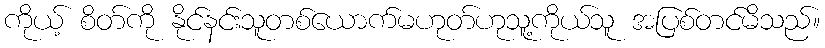
ကိုယ့် စိတ်ကို နိုင်နင်းသူတစ်ယောက်မဟုတ်ဟုသူ့ကိုယ်သူ အပြစ်တင်မိသည်။